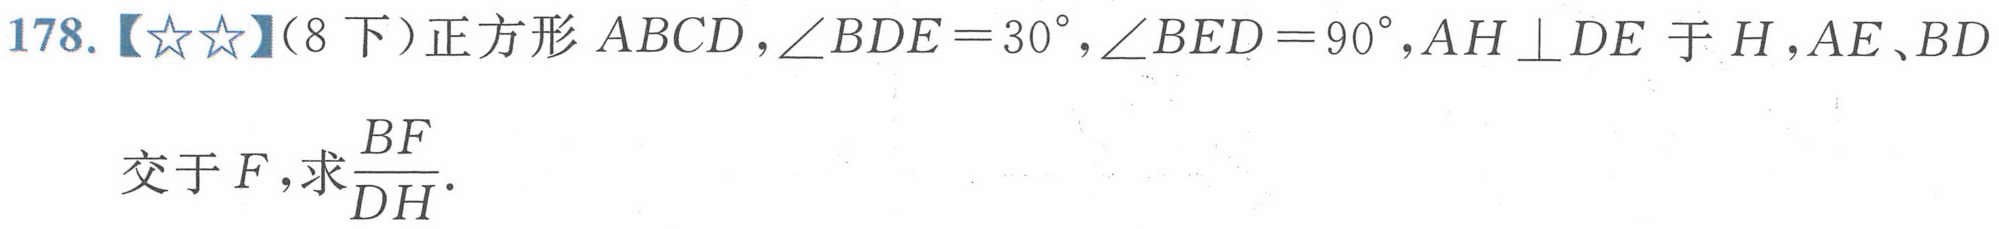
178.【★★】（8下）正方形\(ABCD\)，\(\angle BDE = 30^{\circ}\)，\(\angle BED = 90^{\circ}\)，\(AH\perp DE\)于\(H\)，\(AE、BD\)交于\(F\)，求\(\dfrac{BF}{DH}\)．